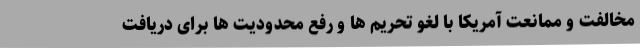
مخالفت و ممانعت آمریکا با لغو تحریم ها و رفع محدودیت ها برای دریافت